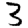
Digit: 3